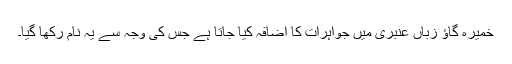
خمیرہ گاؤ زباں عنبری میں جواہرات کا اِضافہ کیا جاتا ہے جس کی وجہ سے یہ نام رکھا گیا۔